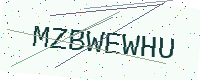
Text: MZBWEWHU